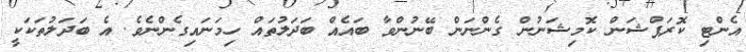
އެންޓި ކޮރަޕްޝަން ކޮމިޝަނުން ގެންނަން ބޭނުންވާ ބައެއް ބަދަލުތައް ހިމަނައިގެންނެވެ. އެ ބަދަލުތަކަކީ